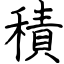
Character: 積